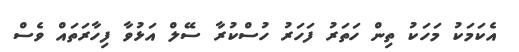
އެކަމަކު މަހަކު ތިން ހަތަރު ފަހަރު ހުސްކުރާ ސޭލް އަޅުވާ ފިހާރަތައް ވެސް